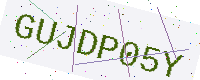
Text: GUJDP05Y